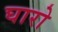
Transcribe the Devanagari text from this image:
घारो